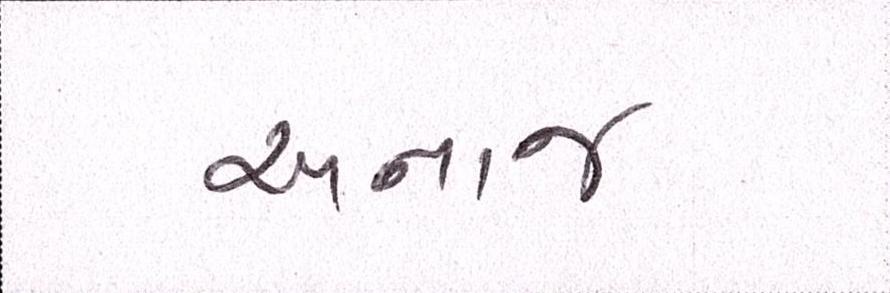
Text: અનાજ